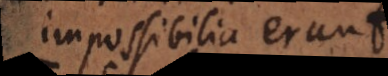
impossibilia erunt.